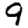
Digit: 9